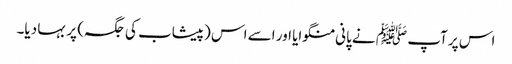
اس پر آپ ﷺ نے پانی منگوایا اور اسے اس (پیشاب کی جگہ) پر بہا دیا۔